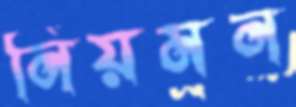
নিয়মন